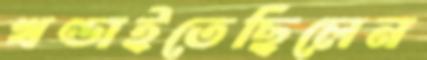
খণ্ডাইতেছিলেন